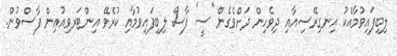
ލިބިފައިވުމާއެކު އިނގިރޭސިއާއި ދިވެހިން ދަށްވެގެން ''ސީ' ފާސް ލިބިފައިވުމާއި ކުރެވޭ އިންޓަރވިއުއިން ފާސްވުން.